Medical and sanitary report of the native army of Madras for the year
Year: 1872
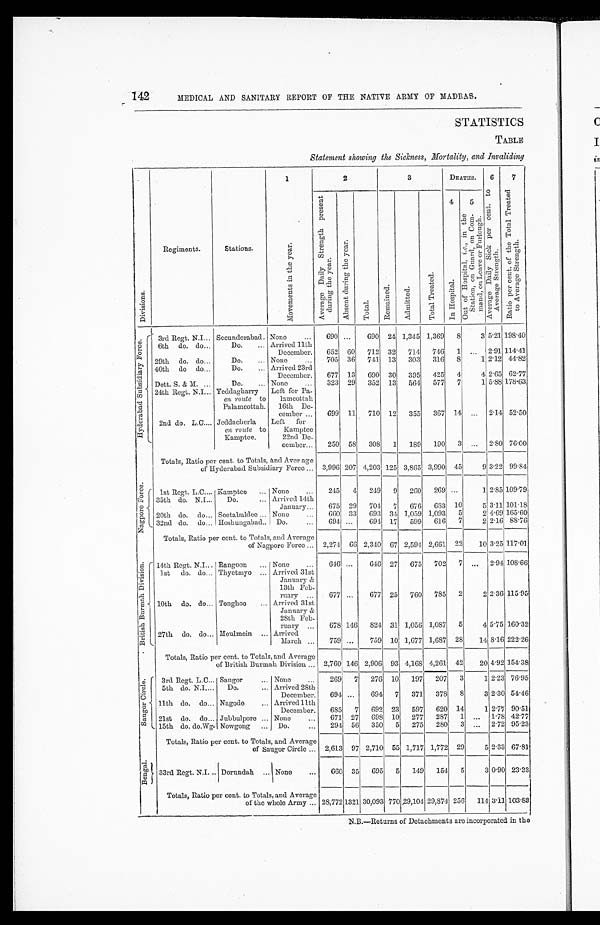
142
MEDICAL AND SANITARY REPORT OF THE NATIVE ARMY OF MADRAS.
STATISTICS
TABLE
Statement showing the Sickness, Mortality, and Invaliding
D i v i s i o n s .
Regiments.
Stations.
1
M o v e m e n t s i n t h e y e a r . 2
3
DEATHS.
6
A v e r a g e D a i l y S i c k p e r c e n t . t o A v e r - a g e S t r e n g t h .
7
R a t i o p e r c e n t . o f t h e T o t a l T r e a t e d t o A v e r a g e S t r e n g t h .
A v e r a g e D a i l y S t r e n g t h p r e s e n t d u r i n g t h e y e a r .
A b s e n t d u r i n g t h e y e a r .
T o t a l .
R e m a i n e d .
A d m i t t e d .
T o t a l T r e a t e d .
I n H o s p i t a l .
5 O u t o f H o s p i t a l , i . e . , i n t h e S t a t i o n , o n G u a r d , o n C o m - m a n d , o n L e a v e o r F u r l o u g h .
H y d e r a b a d S u b s i d i a r y F o r c e .
3rd Regt. N.I. Secunderabad. None
690 ...
690 24 1,345 1,369 8
3
5.21 198.40
6th do. do.
Do.
Arrived 11th
December.
652 60 712 32 711 746 1
. . .
2.91 114.41
29th do. do.
Do.
None
705 36 741 13 303 316 8
1 2.12 44.82
40th do do.
Do.
Arrived 23rd
December.
677 13 690 30 395 425 4
4 2.65 62.77
Dett. S. & M.
Do.
None
323 29 352 13 561 577 7
1 5.88 178.63
24th Regt. N.I. Yeddagharry
en route to
Palamcottah.
Left for Pa-
lamcottah
16th De
-
cember
699 11 710 12 355 367 14 ... 2.14 52.50
2nd do. L.C. Jeddacherla
en route to
Kamptee.
Left for
Kamptee
22nd De
-
cember
250 58 308 1 189 190 3 ... 2.80 76.00
Totals, Ratio per cent. to Totals, and Average
of Hyderabad Subsidiary Force
3,996 207 4,203 125 3,865 3,990 45
9 3.22 99.84
N a g p o r e F o r c e .
1st Regt. L.C. Kamptee
None
215 4 219 9 260 269 ...
1 2.85 109.79
35th do. N.I.
Do.
Arrived 14th
January
675 29 704 7 676 683 10
5 3.11 101.18
20th do. do. Seetabuldee
None
660 33 693 34 1,059 1,093 5
2 4.69 165.60
32nd do. do. Hoshungabad Do.
694 ...
694 17 599 616 7
2 2.16 88.76
Totals, Ratio per cent. to Totals, and Average
of Nagpore Force
2,274
6 6
2,340 67 2,594 2,661 22
101 3.25 117.01
B r i t i s h B u r m a h D i v i s i o n .
14th Regt. N.I. Rangoon
None
646 ...
646 27 675 702 7 ... 2.94 108.66
1st do. do. Thyetmyo
Arrived 31st
January &
13th Feb-
ruary
677 ...
677 25 760 785 2
2 2.36 115.95
10th do. do. Tonghoo
Arrived 31st
January &
28th Feb
-
ruary
678 146 824 31 1,056 1,087 5
4 5.75 160.32
27th do. do. Moulmein
Arrived
March
759 ...
759 10 1,677 1,687 28
14 8.16 222.26
Totals, Ratio per cent. to Totals, and Average
of British Burmah Division
2,760 146 2,906 93 4,168 4,261 42
20 4.92 154.38
S a u g o r C i r c l e .
3rd Regt. L.C. Saugor
None
269 7 276 10 197 207 3
1 2.23 76.95
5th do. N.I.
Do.
Arrived 28th
December. 694 ...
694 7 371 378 8
3 2.30 54.46
11th do. do. Nagode
Arrived 11th
December.
685 7 692 23 597 620 14
1 2.77 90.51
21st do. do. Jubbulpore
None
671 27 698 10 277 287 1 ... 1.78 42.77
15th do. do.Wg. Nowgong
Do.
294 56 350 5 275 280 3 ... 2.72 95.23
Totals, Ratio per cent. to Totals, and Average
of Saugor Circle
2,613 97 2,710 55 1,717 1,772 29
5 2.33 67.81
B e n g a l .
33rd Regt. N.I. Dorundah
None
660 35 695 5 149 154 5
3 0.90 23.33
Totals, Ratio per cent. to Totals, and Average
of the whole Army
28,772 1321 30,093 770 29,104 29,874 256 114 3.11 103.83
N.B.—Returns of Detachments are incorporated in the